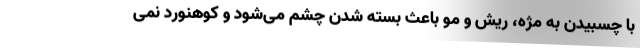
با چسبیدن به مژه، ریش و مو باعث بسته شدن چشم می‌شود و کوهنورد نمی